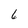
Character: 6